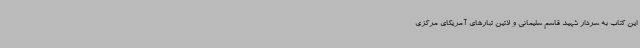
این کتاب به سردار شهید قاسم سلیمانی و لاتین تبارهای آمریکای مرکزی